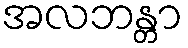
အလဘန္တာ